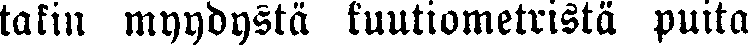
takin myydystä kuutiometristä puita